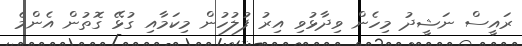
ރައީސް ނަޝީދު މިހެން ވިދާޅުވި އިރު ފުލުހުން މިކަމާއި ގުޅޭ ގޮތުން އެންމެ